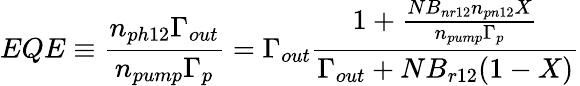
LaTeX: EQE\equiv\frac{n_{ph12}\Gamma_{out}}{n_{pump}\Gamma_{p}}=\Gamma_{out}\frac{1+\frac{NB_{nr12}n_{pn12}X}{n_{pump}\Gamma_{p}}}{\Gamma_{out}+NB_{r12}(1-X)}